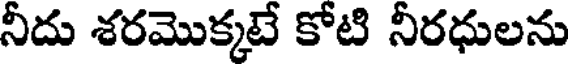
నీదు శరమొక్కటే కోటి నీరధులను